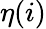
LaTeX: \eta(i)